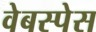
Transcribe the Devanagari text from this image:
वेबस्पेस